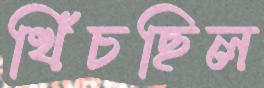
খিঁচছিল